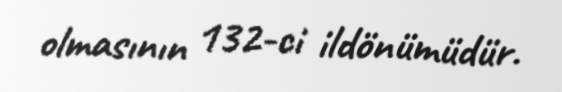
olmasının 132-ci ildönümüdür.